Indian journal of veterinary science and animal husbandry - Volumes 15-17, 1948-1951
Year: 1948
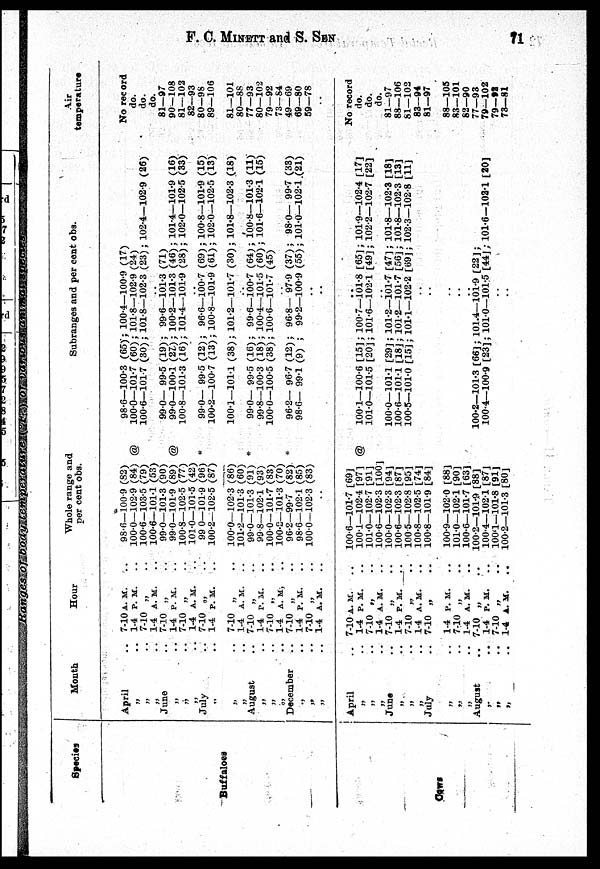
F. C. MINETT and S.
SEN
11
Species
Buffaloes
Cows
Month
April
„
„
„
June
„
„
„
July
„
„
„
August
„
„
„
December
„
„
„
April
„
„
„
June
„
„
„
July
„
„
„
August
„
„
„
Hour
.. 7-10 A. M.
.. 1-4 P. M.
. . 7-10 „
. . 1-4 A. M.
. . 7-10 „
. . 1-4 P. M
.. 7-10 „
. . 1-4 A. M.
. . 7-10 „
. . 1-4 P. M.
. . 7-10 „
. . 1-4 A. M.
.. 7-10 „
. . 1-4 P. M.
.. 7-10 „
. . 1-4 A. M.
.
7-10 „
. . 1-4 P. M.
.. 7-10 „
. . 1-4 A. M.
.. 7-10 A. M.
..
. . 1-4 P. M.
.. 7-10 „
. . 1-4 A. M.
.. 7-10 „
.. 1-4 P. M.
.. 7-10 „
. . 1-4 A. M.
.. 7-10 „
. . 1-4 P. M.
.. 7-10 „
. . 1-4 A. M.
.. 7-10 „
. . 1-4 P. M.
.. 7-10 „
. . 1-4 A. M.
Whole range and
per cent obs.
98.6—100.9 (82)
100.0—102.9 (84) @
100.6—103.5 (79)
100.6—101.1 (53)
99.0—101.3 (90)
99.0—101.9 (89) @
100.8—102.5 (77)
101.0—101.5 (42)
99 0—101.9 (96) *
100.2—102.5 (87)
100.0—102.3 (86)
101.2—101.3 (60)
99.0—101.3 (91) *
99.8—102.1 (93)
100.0—101.7 (83)
100.2—101.3 (70)
96.2—99.7 (82). *
98.6—102.1 (85)
100.0—102.3 (83)
..
100.6—101.7 [69]
100.1—102.4 [97] @
101.0—102.7 [91]
100.6—102.3 [100]
100.0—102.3 [94]
100.6—102.3 [87]
100.5—102.8 [95]
100.8—102.5 [74]
100.8—101.9 [84]
100.9—102.0 [88]
101.0—102.1 [90]
100.6—101.7 [63]
100.2—101.9 [88]
100.4—102.1 [87]
100'1—101.8
[91]
100.2—101.3 [80]
Subranges and per cent obs.
98.6—100.3 (65); 100.4—100.9 (17)
100.0—101.7 (60); 101.8—102.9 (24)
100.6—101.7 (30); 101.8—102.3 (23); 102.4—102.9 (26)
990— 99.5 (19); 99.6—101.3 (71)
99.0—100.1 (27); 100.2—101.3 (46); 101.4—101.9 (16)
100.8—101.3 (16); 101.4—101.9 (28); 102.0—102.5 (33)
99.0— 99.5 (12); 96.6—100.7 (69); 100.8—101.9 (15)
100.2—100.7 (13); 100.8—101.9 (61); 102.0—102.5 (13)
100.1—101.1 (38); 101.2—101.7 (30); 101.8—102.3 (18)
99.0— 99.5 (16); 99.6—100.7 (64); 100.8—101.3 (11)
99.8—100.3 (18); 100.4—101.5 (60); 101.6—102.1 (15)
100.0—100.5 (38); 100.6—101.7 (45)
96.2— 96.7 (12); 96.8— 97.9 (37); 98.0— 99.7 (33)
98.6— 99.1 (9);
99.2—100.9 (55); 101.0—102.1 .(21)
100.1—100.6 [15]; 100.7—101.8 [65]; 101.9—102.4 [17]
101.0—101.5 [20]; 101.6—102.1 [49]; 102.2—102.7 [22]
100.0—101.1 [29]; 101.2—101.7 [47]; 101.8—102.3 [18]
100.6—101.1 [18]; 101.2—101.7 [56]; 101.8—102.3 [13]
100.5—101.0 [15]; 101.1—102.2 [69]; 102.3—102.8 [11]
100.2—101.3 [66]; 101.4—101.9 [22];
100.4—100.9 [23]; 101.0—101.5 [44]; 101.6—102.1 [20]
Air
temperature
No record
do.
do.
do.
81—97
90—108
81—102
82—93
80—98
89—106
81—101
80—88
77—93
80—102
79—92
73—84
49—69
69—80
59—78
No record
do.
do.
do.
81—97
88—106
81—102
83—94
81—97
88—105
83—101
82—90
77—93
79—102
79—92
73—81